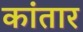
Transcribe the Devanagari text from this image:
कांतार